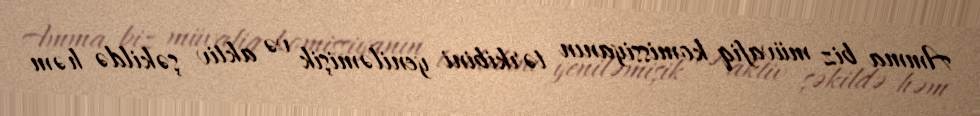
Amma biz müvafiq komissiyanın tərkibini yeniləmişik və aktiv şəkildə həm